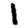
Digit: 1